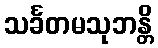
သင်္ခတမသုဘန္တိ